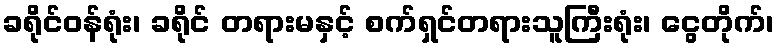
ခရိုင်ဝန်ရုံး၊ ခရိုင် တရားမနှင့် စက်ရှင်တရားသူကြီးရုံး၊ ငွေတိုက်၊